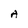
Character: A